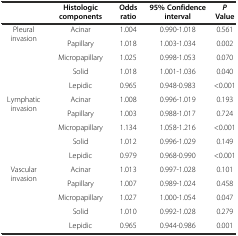
|  | Histologic components | Odds ratio | 95% Confidence interval | PValue |
 | --- | --- | --- | --- | --- |
 | <ROWSPAN=5> Pleural invasion | Acinar | 1.004 | 0.990-1.018 | 0.561 |
 | Papillary | 1.018 | 1.003-1.034 | 0.002 |
 | Micropapillary | 1.025 | 0.998-1.053 | 0.070 |
 | Solid | 1.018 | 1.001-1.036 | 0.040 |
 | Lepidic | 0.965 | 0.948-0.983 | <0.001 |
 | <ROWSPAN=5> Lymphatic invasion | Acinar | 1.008 | 0.996-1.019 | 0.193 |
 | Papillary | 1.003 | 0.988-1.017 | 0.724 |
 | Micropapillary | 1.134 | 1.058-1.216 | <0.001 |
 | Solid | 1.012 | 0.996-1.029 | 0.149 |
 | Lepidic | 0.979 | 0.968-0.990 | <0.001 |
 | <ROWSPAN=5> Vascular invasion | Acinar | 1.013 | 0.997-1.028 | 0.101 |
 | Papillary | 1.007 | 0.989-1.024 | 0.458 |
 | Micropapillary | 1.027 | 1.000-1.054 | 0.047 |
 | Solid | 1.010 | 0.992-1.028 | 0.279 |
 | Lepidic | 0.965 | 0.944-0.986 | 0.001 |